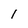
Character: l